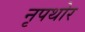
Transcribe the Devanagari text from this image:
नृपथोर